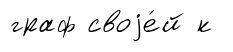
граф своjе́й к